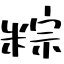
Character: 粽